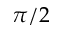
\pi / 2